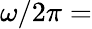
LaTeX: \omega/2\pi=